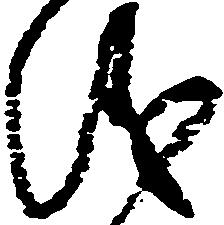
儀